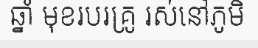
ឆ្នាំ មុខរបរគ្រូ រស់នៅភូមិ